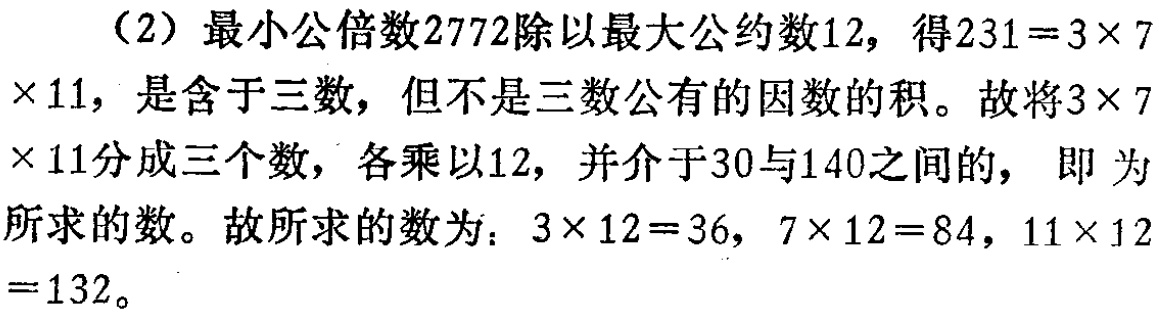
（2）最小公倍数\(2772\)除以最大公约数\(12\)，得\(231 = 3\times7\times11\)，是含于三数，但不是三数公有的因数的积。故将\(3\times7\times11\)分成三个数，各乘以\(12\)，并介于\(30\)与\(140\)之间的， 即为所求的数。故所求的数为：\(3\times 12 = 36\)，\(7\times 12 = 84\)，\(11\times 12 = 132\)。